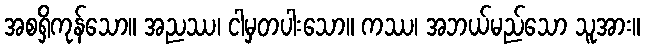
အစရှိကုန်သော။ အညဿ၊ ငါမှတပါးသော။ ကဿ၊ အဘယ်မည်သော သူအား။